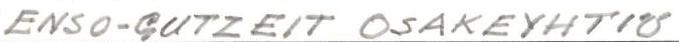
ENSO-GUTZEIT OSAKEYHTIÖ